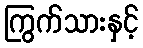
ကြွက်သားနှင့်